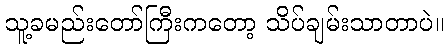
သူ့ခမည်းတော်ကြီးကတော့ သိပ်ချမ်းသာတာပဲ။